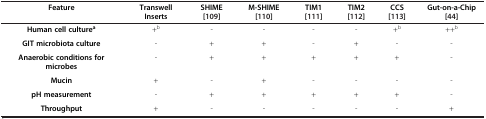
| Feature | Transwell Inserts | SHIME [109] | M-SHIME [110] | TIM1 [111] | TIM2 [112] | CCS [113] | Gut-on-a-Chip [44] |
 | --- | --- | --- | --- | --- | --- | --- | --- |
 | Human cell culturea | +b | - | - | - | - | +b | ++b |
 | GIT microbiota culture | - | + | + | - | + | - | - |
 | Anaerobic conditions for microbes | - | + | + | + | + | + | - |
 | Mucin | + | - | + | - | - | - | - |
 | pH measurement | - | + | + | + | + | + | - |
 | Throughput | + | - | - | - | - | - | + |